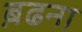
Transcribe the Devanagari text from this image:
ब़ढना